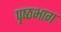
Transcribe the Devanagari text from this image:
पृष्‍ठभाग